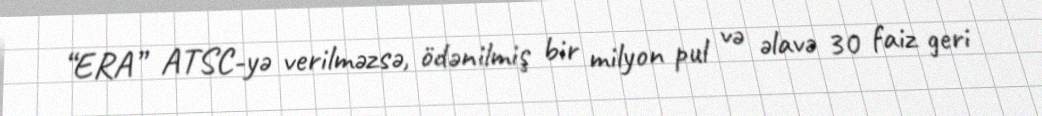
“ERA” ATSC-yə verilməzsə, ödənilmiş bir milyon pul və əlavə 30 faiz geri